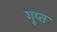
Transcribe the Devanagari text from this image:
गूप्त